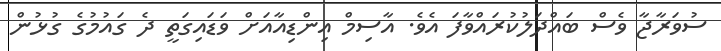
ސުވަރާޖާ ވެސް ބައްދަލުކުރައްވާފަ އެވެ. އާސިމް އިންޑިއާއަށް ވަޑައިގަތީ ދެ ގައުމުގެ ގުޅުން